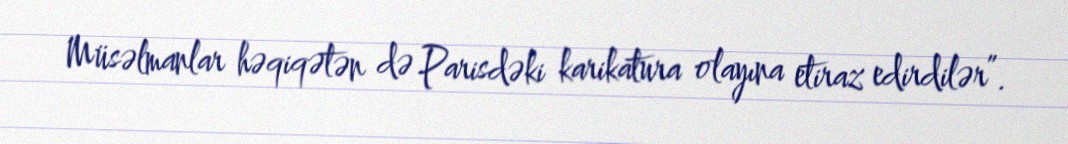
Müsəlmanlar həqiqətən də Parisdəki karikatura olayına etiraz edirdilər”.